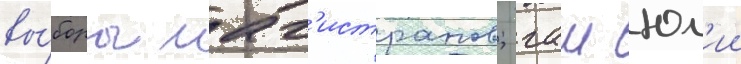
вы́боры маг'истратов; гаи юл'ии